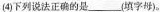
(4)下列说法正确的是___(填字母)。